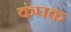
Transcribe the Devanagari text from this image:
कंपक